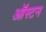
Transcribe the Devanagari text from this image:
ऑस्टन